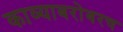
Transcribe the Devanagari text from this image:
काव्याबरोबरच